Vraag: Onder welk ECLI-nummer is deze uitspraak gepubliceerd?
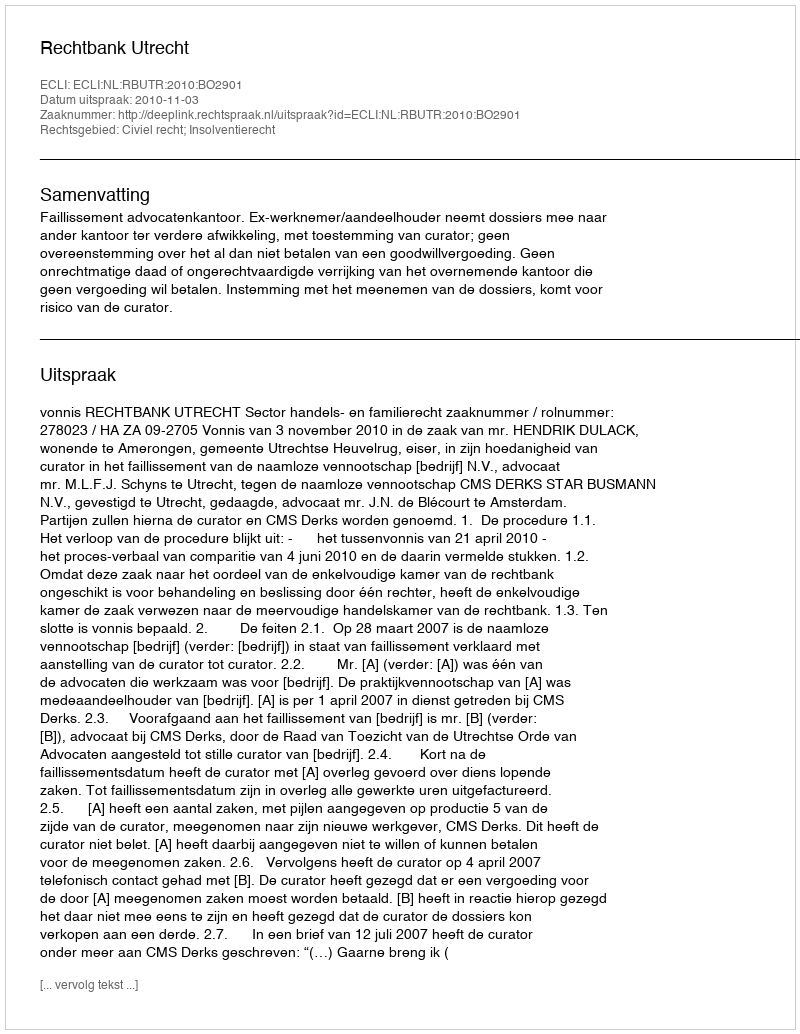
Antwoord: ECLI:NL:RBUTR:2010:BO2901